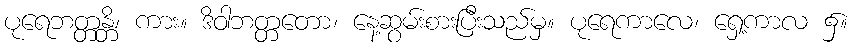
ပုရေဘတ္တန္တိ၊ ကား။ ဒိဝါဘတ္တတော၊ နေ့ဆွမ်းစားပြီးသည်မှ။ ပုရေကာလေ၊ ရှေ့ကာလ ၌။